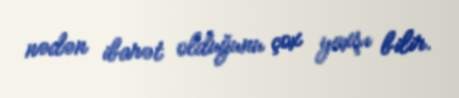
nədən ibarət olduğunu çox yaxşı bilir.